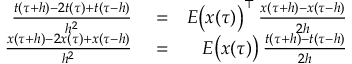
\begin{array} { r l r } { \frac { t ( \tau + h ) - 2 t ( \tau ) + t ( \tau - h ) } { h ^ { 2 } } } & { { } = } & { E \bigl ( x ( \tau ) \bigr ) ^ { \top } \, \frac { x ( \tau + h ) - x ( \tau - h ) } { 2 h } } \\ { \frac { x ( \tau + h ) - 2 x ( \tau ) + x ( \tau - h ) } { h ^ { 2 } } } & { { } = } & { E \bigl ( x ( \tau ) \bigr ) \, \frac { t ( \tau + h ) - t ( \tau - h ) } { 2 h } } \end{array}